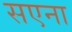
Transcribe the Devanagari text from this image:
सएना